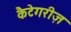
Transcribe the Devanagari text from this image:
कैटेगरीज़